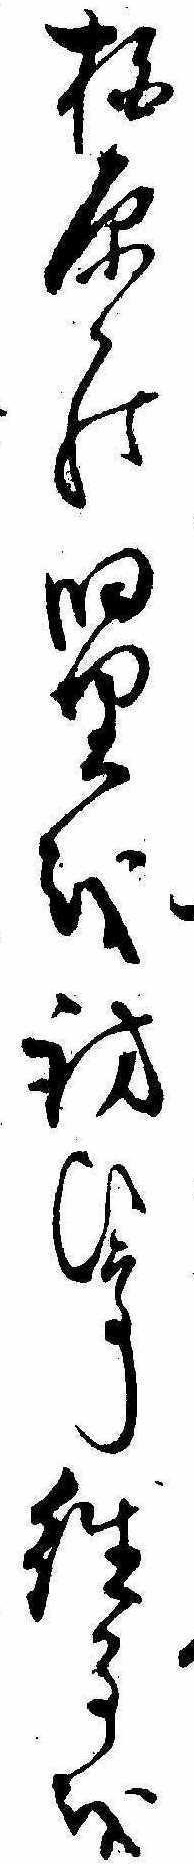
柏原の旧里を訪ひて往事を